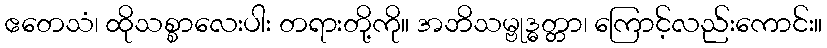
ဧတေသံ၊ ထိုသစ္စာလေးပါး တရားတို့ကို။ အဘိသမ္ဗုဒ္ဓတ္တာ၊ ကြောင့်လည်းကောင်း။